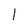
Character: l